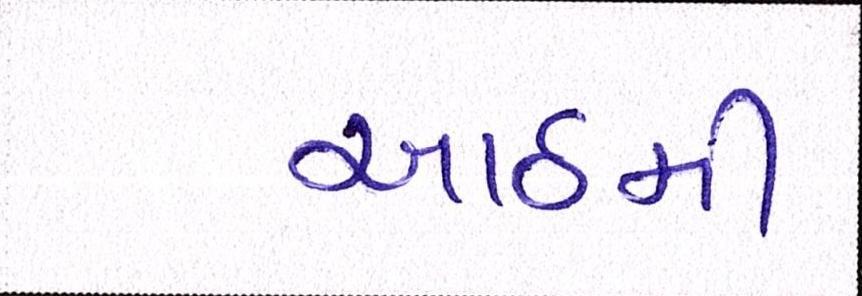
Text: આઠમી